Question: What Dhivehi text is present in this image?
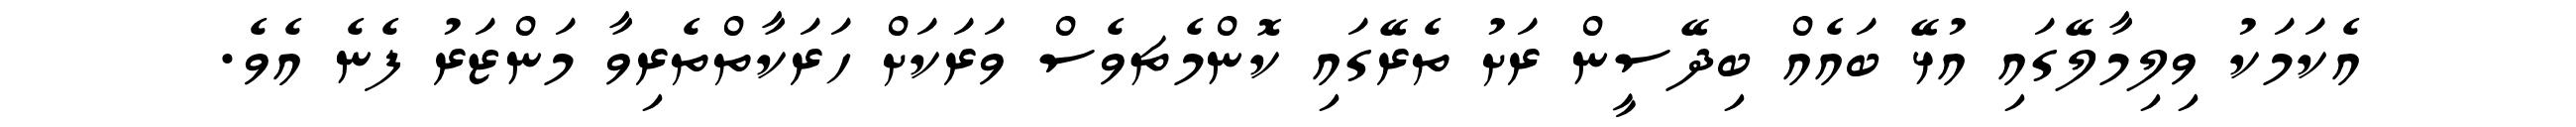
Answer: އެކަމަކު ވިލިމާލޭގައި އުޅޭ ބައެއް ބިދޭސީން ރަށު ތެރޭގައި ކޮންމެޗވެސް ވަރަކަށް ހަރަކާތްތެރިވާ މަންޒަރު ފެނެ އެވެ.